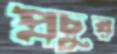
প্রচুর